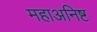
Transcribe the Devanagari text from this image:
महाअनिष्ट